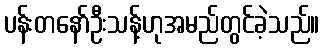
ပန်းတနော်ဦးသန့်ဟုအမည်တွင်ခဲ့သည်။